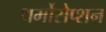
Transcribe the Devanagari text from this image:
थर्मोसेप्शन